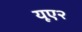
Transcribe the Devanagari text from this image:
यूए२